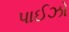
પાઈઝો